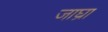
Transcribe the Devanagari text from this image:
जाघ्रा